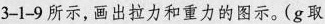
3-1-9所示，画出拉力和重力的图示。(g取